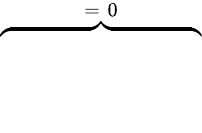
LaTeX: \overbrace{\phantom{\left.\sum_{k=1}^{3}\mu_{0}\tilde{H_{k}}\mathrm{d}_{\rho}H_{k}\right|_{0}^{T}}}^{=\; 0}